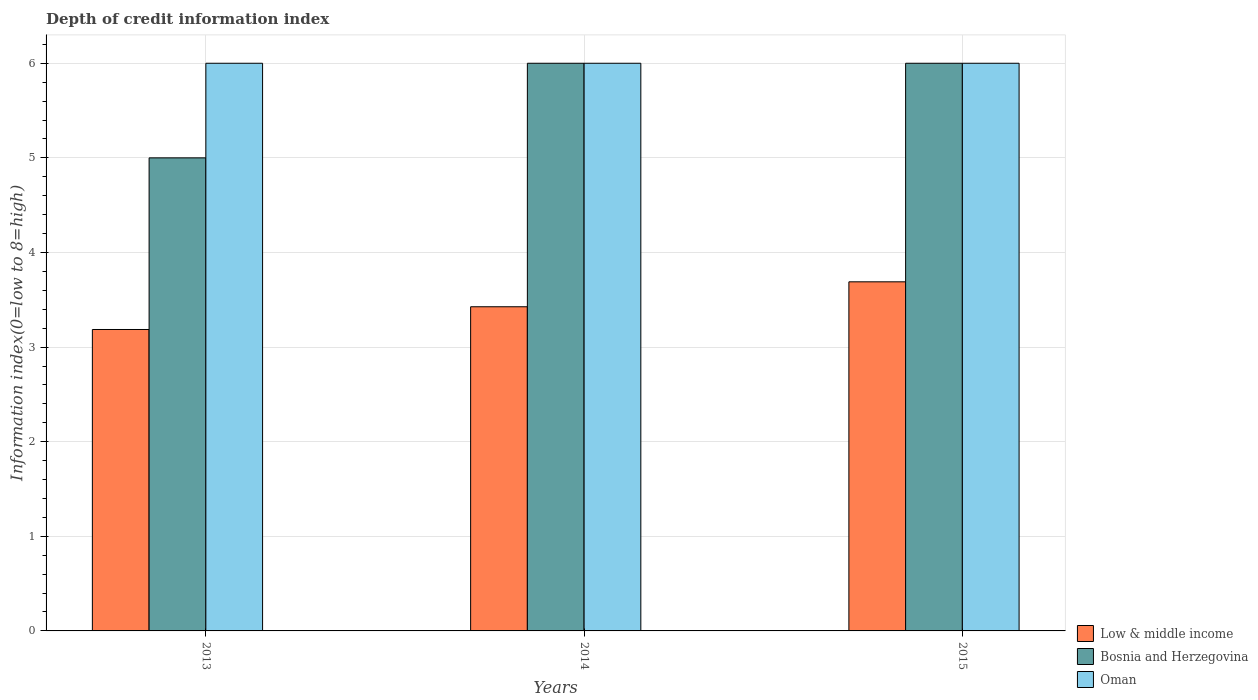
| Years | Low & middle income | Bosnia and Herzegovina | Oman |
 | --- | --- | --- | --- |
 | 2013 | 3.19 | 5 | 6 |
 | 2014 | 3.43 | 6 | 6 |
 | 2015 | 3.69 | 6 | 6 |